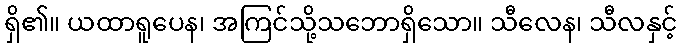
ရှိ၏။ ယထာရူပေန၊ အကြင်သို့သဘောရှိသော။ သီလေန၊ သီလနှင့်